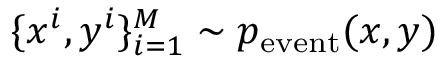
\{ x ^ { i } , y ^ { i } \} _ { i = 1 } ^ { M } \sim p _ { \mathrm { e v e n t } } ( x , y )